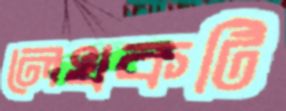
লেখকটি